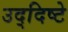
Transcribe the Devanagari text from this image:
उद्‌दिष्टे